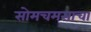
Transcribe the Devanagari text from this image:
सोमचमसाचा